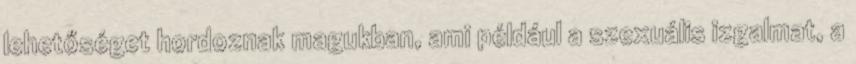
lehetőséget hordoznak magukban, ami például a szexuális izgalmat, a